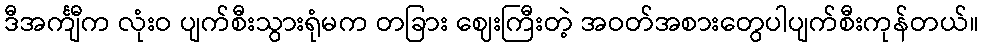
ဒီအင်္ကျီက လုံးဝ ပျက်စီးသွားရုံမက တခြား ဈေးကြီးတဲ့ အဝတ်အစားတွေပါပျက်စီးကုန်တယ်။